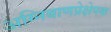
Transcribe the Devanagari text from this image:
अग्निबाणप्रेक्षेपक